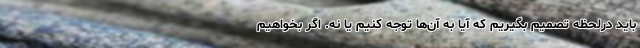
باید درلحظه تصمیم بگیریم که آیا به آن‌ها توجه کنیم یا نه. اگر بخواهیم